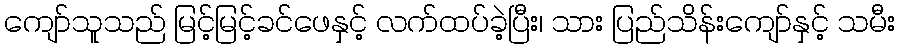
ကျော်သူသည် မြင့်မြင့်ခင်ဖေနှင့် လက်ထပ်ခဲ့ပြီး၊ သား ပြည်သိန်းကျော်နှင့် သမီး